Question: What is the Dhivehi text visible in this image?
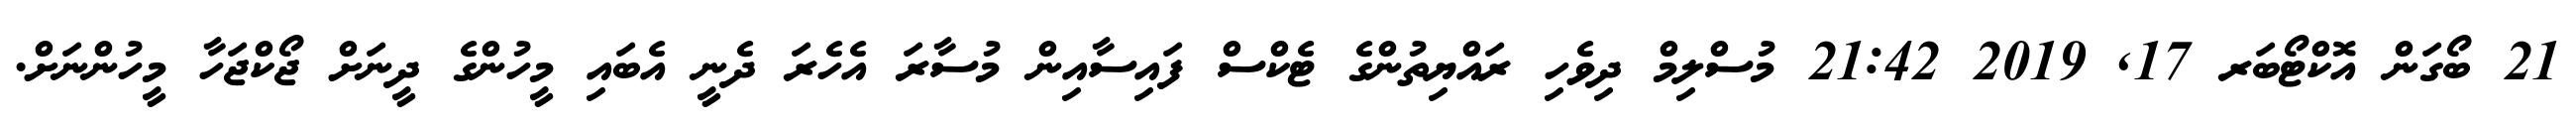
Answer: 21 ބޯގަން އޮކްޓޯބަރ 17, 2019 21:42 މުސްލިމް ދިވެހި ރައްޔިތުންގެ ޓެކްސް ފައިސާއިން މުސާރަ އެހެރަ ދެނީ އެބައި މީހުންގެ ދީނަށް ޖޯކްޖަހާ މީހުންނަށް.